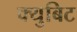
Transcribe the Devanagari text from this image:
क्युबिट